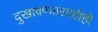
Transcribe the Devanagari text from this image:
दुखावण्यासाठीही